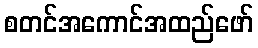
စတင်အကောင်အထည်ဖော်